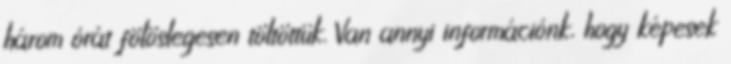
három órát fölöslegesen töltöttük. Van annyi információnk, hogy képesek